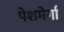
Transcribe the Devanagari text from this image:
पेशमेर्गा